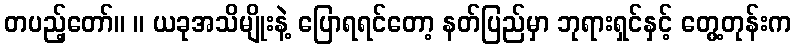
တပည့်တော်။ ။ ယခုအသိမျိုးနဲ့ ပြောရရင်တော့ နတ်ပြည်မှာ ဘုရားရှင်နှင့် တွေ့တုန်းက